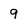
Character: 9